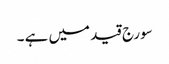
سورج قید میں ہے ۔